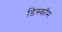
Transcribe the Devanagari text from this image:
डिस्कॉम